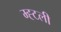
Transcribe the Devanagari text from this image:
म्ह्टली